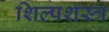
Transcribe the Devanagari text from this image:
शिल्पशस्त्र